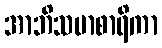
အာဘိသမာစာရိကာ